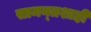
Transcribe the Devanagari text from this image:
सामन्‍तशाही